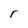
Character: r